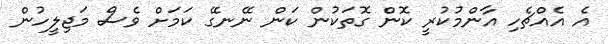
އެ އެއްޗެހި އާންމުކުރީ ކޮން ގޮތަކުން ކަން ނޭނގޭ ކަމަށް ވެސް މަޖިލީހުން